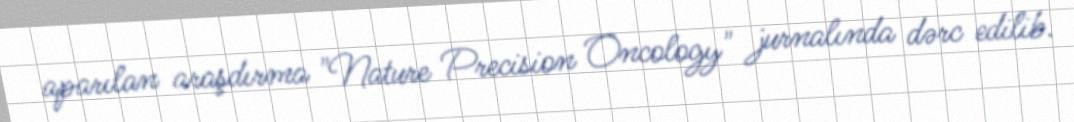
aparılan araşdırma "Nature Precision Oncology" jurnalında dərc edilib.